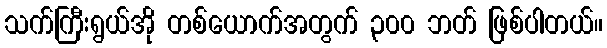
သက်ကြီးရွယ်အို တစ်ယောက်အတွက် ၃၀၀ ဘတ် ဖြစ်ပါတယ်။